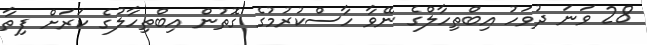
28 ވަނަ ދުވަހު އިބްތިހާލްގެ ނޭވާ ހާސްކުރުމުގެ ގޮތުން އިބްތިހާލުގެ ކަރަށް ފިތާ